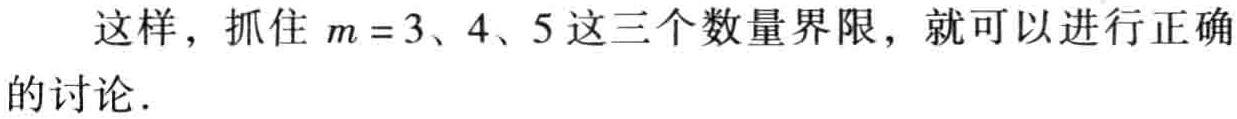
这样，抓住 \(m = 3、4、5\) 这三个数量界限，就可以进行正确的讨论．